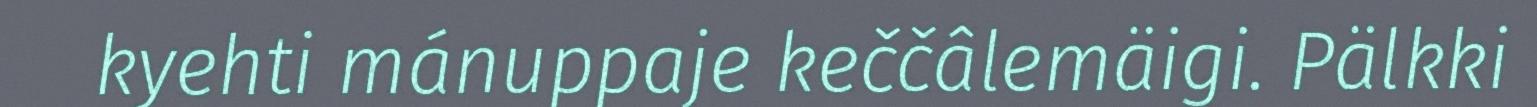
kyehti mánuppaje keččâlemäigi. Pälkki